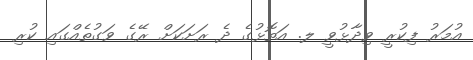
އުމަރު ފިކުރީ ވިދާޅުވީ ލ. އަތޮޅުގެ ދެ ރަށަކަށް ރޭގެ ވަގުތެއްގައި ކުރި